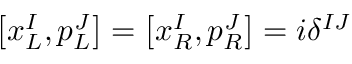
\left[ x _ { L } ^ { I } , p _ { L } ^ { J } \right] = \left[ x _ { R } ^ { I } , p _ { R } ^ { J } \right] = i \delta ^ { I J }